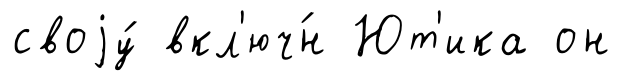
своjу́ вкл'юч́н Ют'ика он